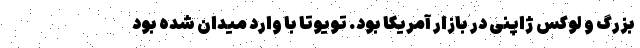
بزرگ و لوکس ژاپنی در بازار آمریکا بود. تویوتا با وارد میدان شده بود